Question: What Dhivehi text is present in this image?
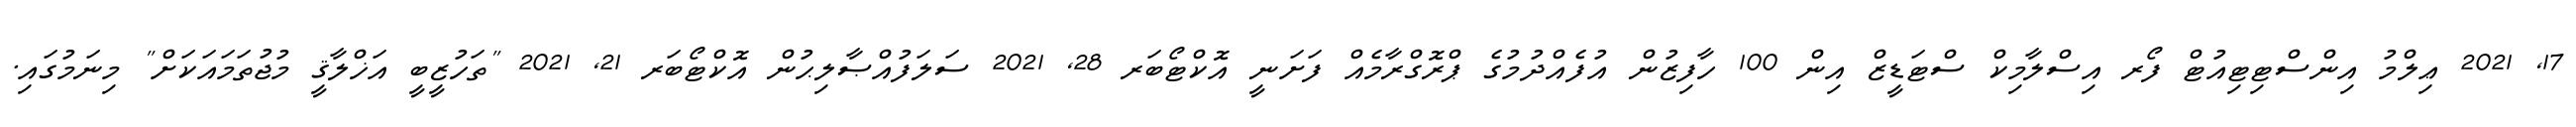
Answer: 17, 2021 ޢިލްމު އިންސްޓިޓިއުޓް ފޯރ އިސްލާމިކް ސްޓަޑީޒް އިން 100 ހާފިޒުން އުފެއްދުމުގެ ޕްރޮގްރާމެއް ފަށަނީ އޮކްޓޯބަރ 28, 2021 ސަލަފުއްޞާލިޙުން އޮކްޓޯބަރ 21, 2021 "ތަހުޒީބީ އަޚްލާޤީ މުޖުތަމައަކަށް" މިނަމުގައި.